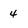
Character: 4